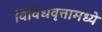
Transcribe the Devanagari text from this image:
विविधवृत्तामध्ये